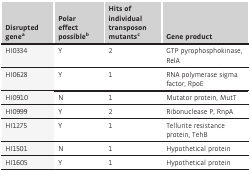
<table><thead><tr><td><b>Disrupted genea</b></td><td><b>Polar effect possibleb</b></td><td><b>Hits of individual transposon mutantsc</b></td><td><b>Gene product</b></td></tr></thead><tbody><tr><td>HI0334</td><td>Y</td><td>2</td><td>GTP pyrophosphokinase, RelA</td></tr><tr><td>HI0628</td><td>Y</td><td>1</td><td>RNA polymerase sigma factor, RpoE</td></tr><tr><td>HI0910</td><td>N</td><td>1</td><td>Mutator protein, MutT</td></tr><tr><td>HI0999</td><td>Y</td><td>2</td><td>Ribonuclease P, RnpA</td></tr><tr><td>HI1275</td><td>Y</td><td>1</td><td>Tellurite resistance protein, TehB</td></tr><tr><td>HI1501</td><td>N</td><td>1</td><td>Hypothetical protein</td></tr><tr><td>HI1605</td><td>Y</td><td>1</td><td>Hypothetical protein</td></tr></tbody></table>